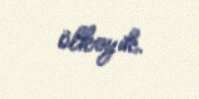
ölkəyik.